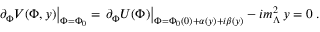
\left. \partial _ { \Phi } V ( \Phi , y ) \right| _ { \Phi = \Phi _ { 0 } } = \left. \partial _ { \Phi } U ( \Phi ) \right| _ { \Phi = \Phi _ { 0 } ( 0 ) + \alpha ( y ) + i \beta ( y ) } - i m _ { \Lambda } ^ { 2 } \, y = 0 \; .